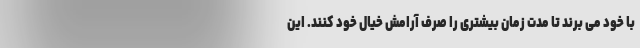
با خود می برند تا مدت زمان بیشتری را صرف آرامش خیال خود کنند. این